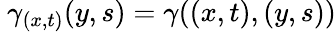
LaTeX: \ \gamma_{(x,t)}(y,s)=\gamma((x,t),(y,s))